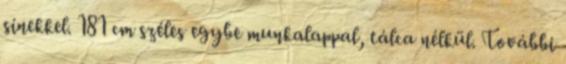
sínekkel. 181 cm széles egybe munkalappal, tálca nélkül. További